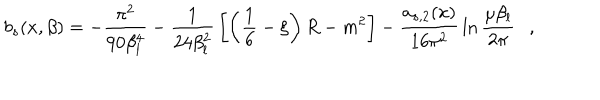
LaTeX: b _ { s } ( x , \beta ) = - { \frac { \pi ^ { 2 } } { 9 0 \beta _ { l } ^ { 4 } } } - { \frac { 1 } { 2 4 \beta _ { l } ^ { 2 } } } \left[ \left( \frac 1 6 - \xi \right) R - m ^ { 2 } \right] - { \frac { a _ { s , 2 } ( x ) } { 1 6 \pi ^ { 2 } } } \ln { \frac { \mu \beta _ { l } } { 2 \pi } } ,